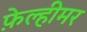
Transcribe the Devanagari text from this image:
फ़ेल्हीमर